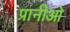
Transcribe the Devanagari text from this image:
प्रानीओ